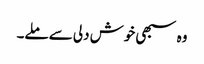
وہ سبھی خوش دلی سے ملے۔